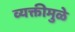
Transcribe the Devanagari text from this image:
व्यक्तीमुळे